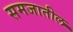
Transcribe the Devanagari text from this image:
समजातील